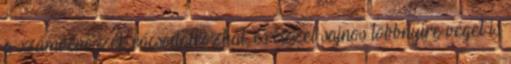
a számvevőszék rácsodálkozhat, és ezzel sajnos többnyire véget is